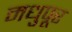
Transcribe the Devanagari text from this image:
मधुपूर